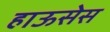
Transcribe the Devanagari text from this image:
हाऊसेस